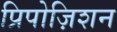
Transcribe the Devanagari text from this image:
प्रिपोज़िशन